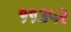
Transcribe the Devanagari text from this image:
११३५२